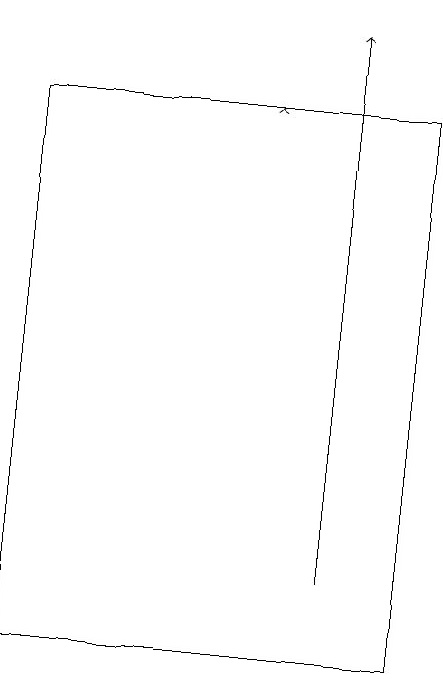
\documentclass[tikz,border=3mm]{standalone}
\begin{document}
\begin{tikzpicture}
\draw[->] (7,17) -- (7,17);
\draw[->] (8,11) -- (8,18);
\draw (9,10) rectangle (4,17);
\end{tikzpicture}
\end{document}